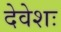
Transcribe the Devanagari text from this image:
देवेशः